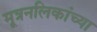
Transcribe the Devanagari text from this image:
मूत्रनलिकांच्या